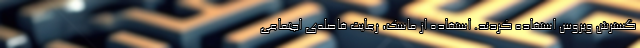
گسترش ویروس استفاده کردند. استفاده از ماسک، رعایت فاصله‌ی اجتماعی